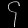
Digit: ၄